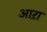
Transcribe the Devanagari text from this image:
आऱा